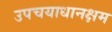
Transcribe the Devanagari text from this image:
उपचयाधानक्षम